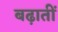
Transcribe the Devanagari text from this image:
बढ़ातीं